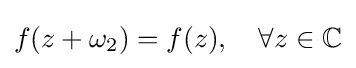
f(z+\omega _{2})=f(z),\quad \forall z\in \mathbb {C}